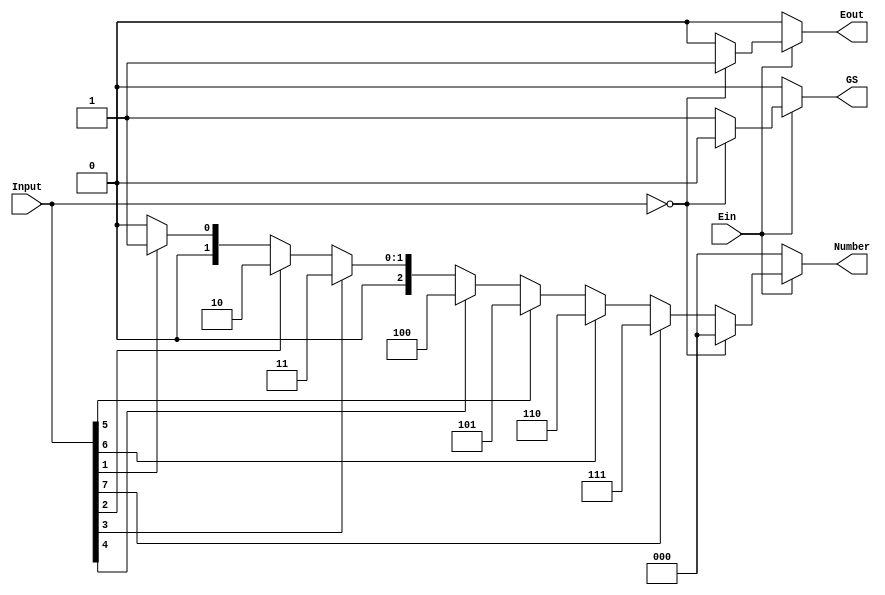
module Problem2_1(
    input [7:0] Input,
    input Ein,
    output reg Eout,
    output reg GS,
    output reg [2:0] Number
    );
    always @ (Input, Ein)
    begin
        if (Ein == 0)		
            begin
            Eout = 0;
            GS = 0;
            Number = 3'b000;
            end
        else
            begin
            if (Input == 8'b00000000)	
                begin
                GS = 0;
                Eout = 1;
                Number = 3'b000;
                end
            else
                begin
                    GS = 1;
                    Eout = 0;			
                    if (Input[7] == 1)	
                        Number = 3'b111;
                    else if (Input[6] == 1)
                        Number = 3'b110;
                    else if (Input[5] == 1)
                        Number = 3'b101;
                    else if (Input[4] == 1)
                        Number = 3'b100;
                    else if (Input[3] == 1)
                        Number = 3'b011;
                    else if (Input[2] == 1)
                        Number = 3'b010;
                    else if (Input[1] == 1)
                        Number = 3'b001;
                    else
                        Number = 3'b000;
                end
            end
    end
endmodule